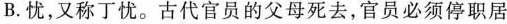
B.忧，又称丁忧。古代官员的父母死去，官员必须停职居